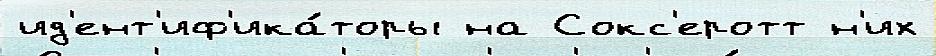
ид'ент'иф'ика́торы на Сокс'еротт н'их